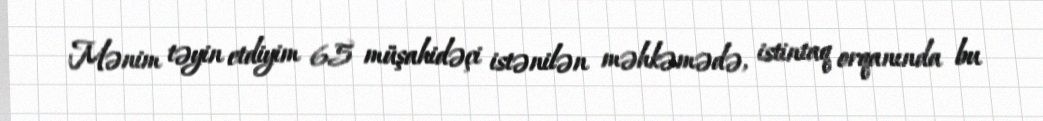
Mənim təyin etdiyim 65 müşahidəçi istənilən məhkəmədə, istintaq orqanında bu